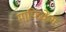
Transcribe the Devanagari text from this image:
माफिकेंग